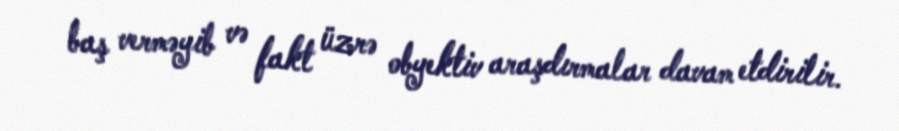
baş verməyib və fakt üzrə obyektiv araşdırmalar davam etdirilir.